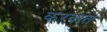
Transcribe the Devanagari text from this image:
करवातें